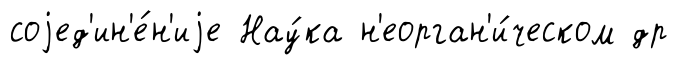
соjед'ин'е́н'иjе Нау́ка н'еорган'и́ческом др